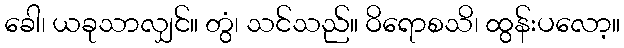
ခေါ၊ ယခုသာလျှင်။ တွံ၊ သင်သည်။ ဝိရောစသိ၊ ထွန်းပလော့။